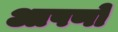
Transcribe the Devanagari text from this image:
आपणो